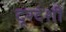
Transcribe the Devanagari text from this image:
दूरदेशी